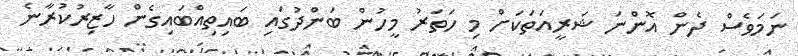
ނަމަވެސް ދެން އޮންނަ ޝަރީއަތަކަށް މި ހަތަރު މީހުން ބަންދުގައި ބައިތިއްބައިގެން ހާޒިރުކުރާނެ